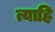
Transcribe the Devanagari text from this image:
त्याहि